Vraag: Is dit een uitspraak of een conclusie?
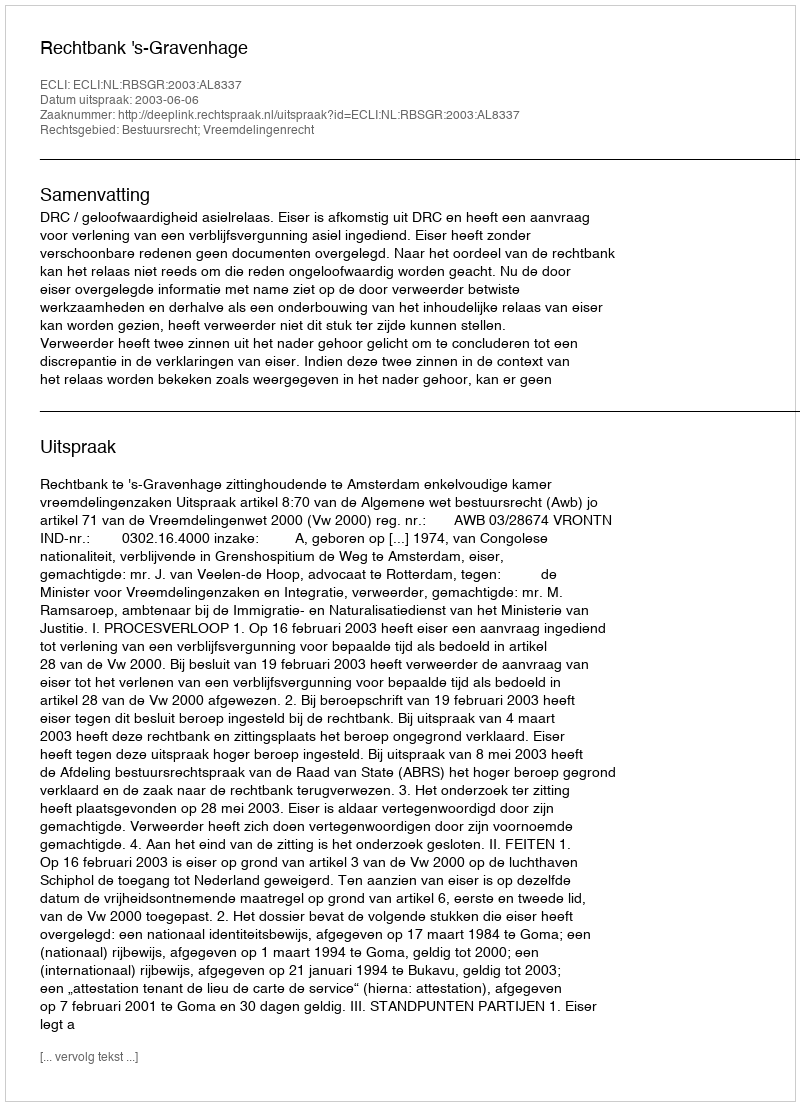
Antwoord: Uitspraak